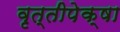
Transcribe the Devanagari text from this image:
वृत्तीपेक्षा